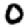
Digit: 0